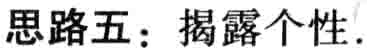
思路五：揭露个性.